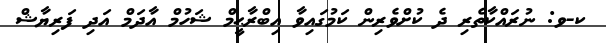
ކ-ވ: ނުރައްކާތެރި ދެ ކުށްވެރިން ކަމުގައިވާ އިބްރާޙީމް ޝަހުމް އާދަމް އަދި ފަރިޔާޝް